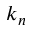
k _ { n }